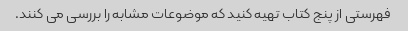
فهرستی از پنج کتاب تهیه کنید که موضوعات مشابه را بررسی می کنند.